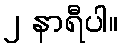
၂ နာရီပါ။